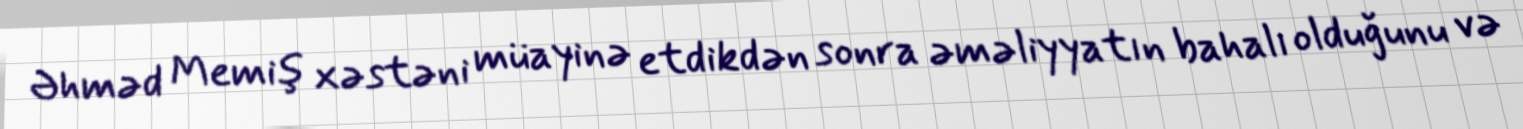
Əhməd Memiş xəstəni müayinə etdikdən sonra əməliyyatın bahalı olduğunu və